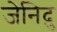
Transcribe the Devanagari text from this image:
जेनिदु